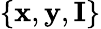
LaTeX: \{ \mathbf{x},\mathbf{y},\mathbf{I}\}